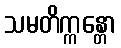
သမတိက္ကန္တော